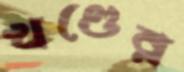
খণ্ডের